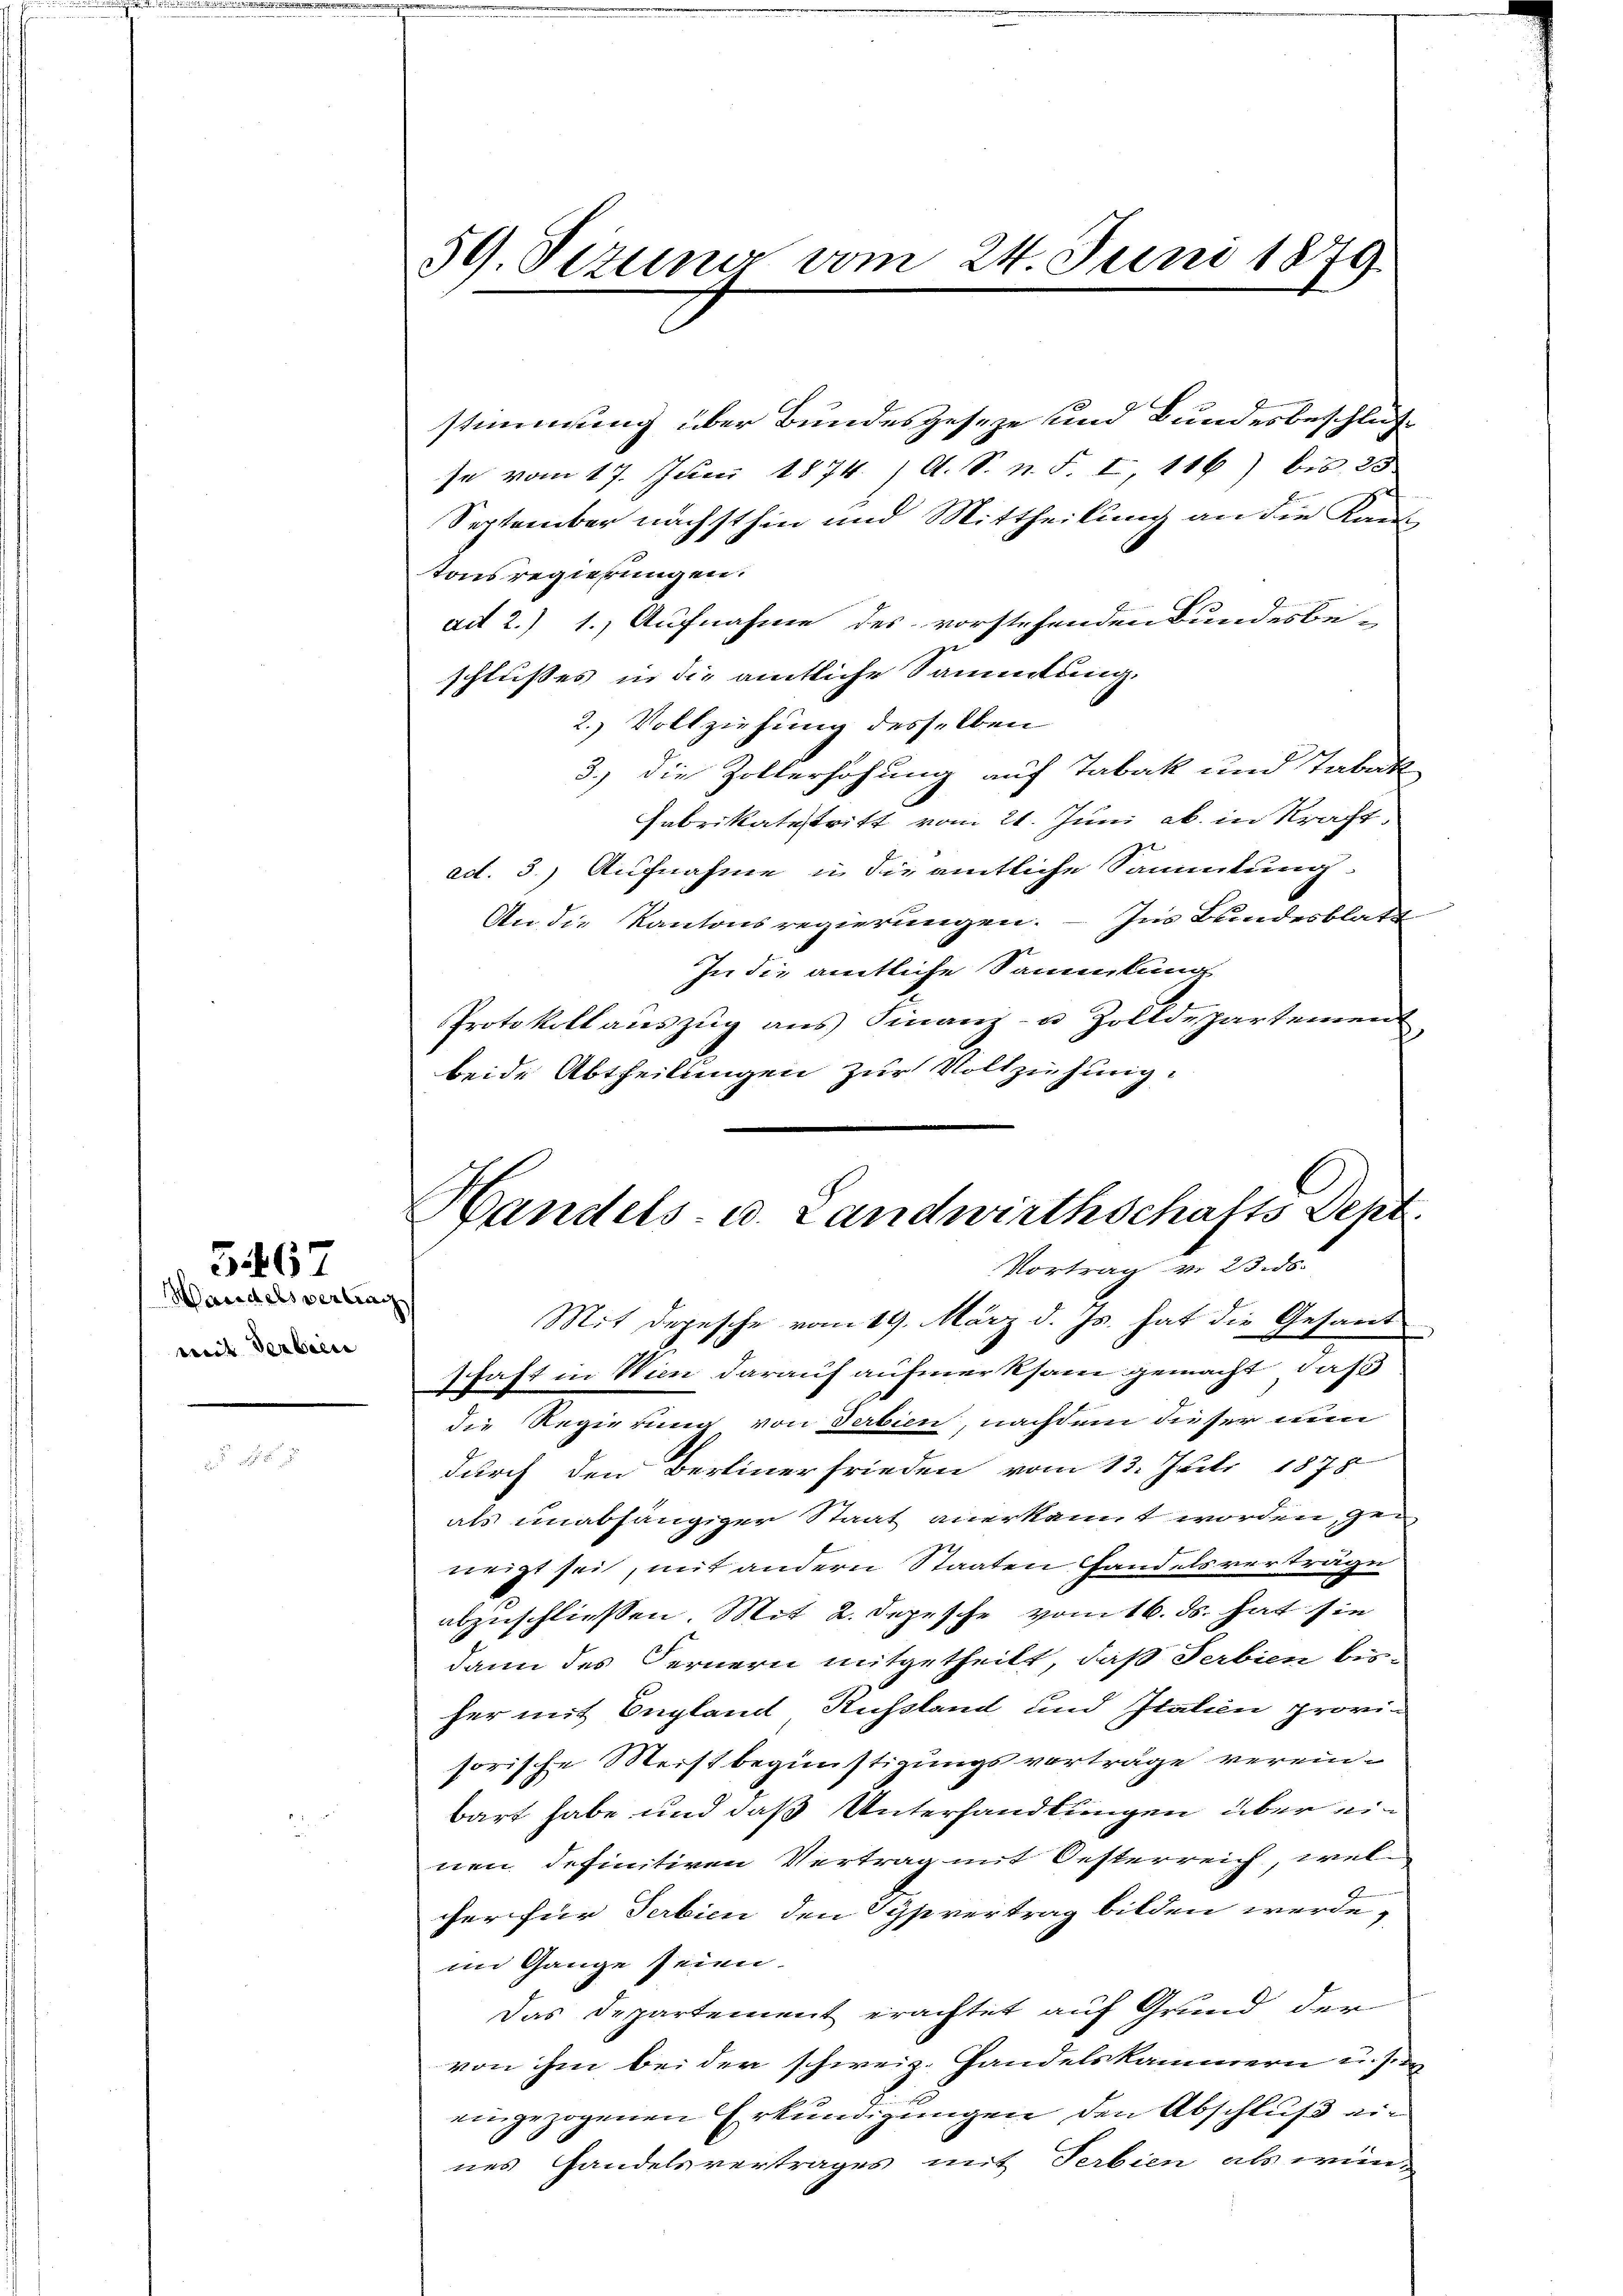
Wandels verlini
mit Verbrec

5467

59. Sitzung vom 24. Juni 1879

stimmung über Bundesgeseze und Bundesbeschluß
se vom 17. Juni 1874. A. S. n. F. I, 116) bis 25
September nächsthin und Mittheilung an die Kan-
tonsregierungen.
ad 2.) 1. Aufnahme des vorstehenden Bundesbe-
schlusses in die amtliche Sammlung.
2.) Vollziehung desselben
3.) Die Zollerhöhung auf Tabak und Tabak
Fabrikatestritt vom 21. Juni ab. in Kraft.
ad. 3.) Aufnahme in die amtliche Sammlung.
An die Kantonsregierungen. – Ins Bundesblatt
In die amtliche Sammlung
Protokoll auszug aus Finanz- u. Zolldepartement
beide Abtheilungen zur Vollziehung:
schaft in Wien darauf aufmerksam gemacht, daß
die Regierung von Serbien, nachdem dieser nun
durch den Bertiner frieden vom 13. Juli 1875
als unabhängiger Staat anerkannt worden, zeineigt sei, mit andern Staaten Handelsverträge
abzuschliessen. Mit 2. Depesche vom 16. ds. hat sie
dann des Fernern mitgetheilt, daß Serbien bisher mit England Rußland und Italien provi-
sorische Meistbegünstigungsvorträge verein-
bart habe und daß Unterhandlungen über einen definitiven Vertrag mit Oesterreich, welcher für Terbien den Sypvertrag bilden werde,
im Gange seien.
Das Departement erachtet auf Grund der
von ihm beider schweiz. Handelskammern u. sie
eingezogenen Erkundigungen den Abschluß ein
nes Handelsvertrages mit Terbien als wün-

Handels- u. Landwirthschafts Sept.
Vortrag v. 23. ds.
Mit Depesche vom 19. März d. Js. hat die Gesand¬